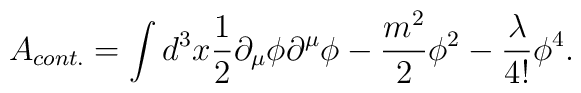
A_{cont.} = \int d^3x \frac{1}{2} \partial_\mu \phi \partial^\mu \phi- \frac{m^2}{2} \phi^2 - \frac{\lambda}{4!}\phi^4.